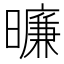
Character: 𬁛